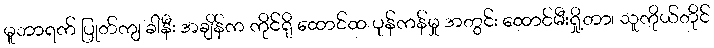
မူဘာရက် ပြုတ်ကျ ခါနီး အချိန်က ကိုင်ရို ထောင်ထ ပုန်ကန်မှု အတွင်း ထောင်မီးရှို့တာ၊ သူကိုယ်တိုင်